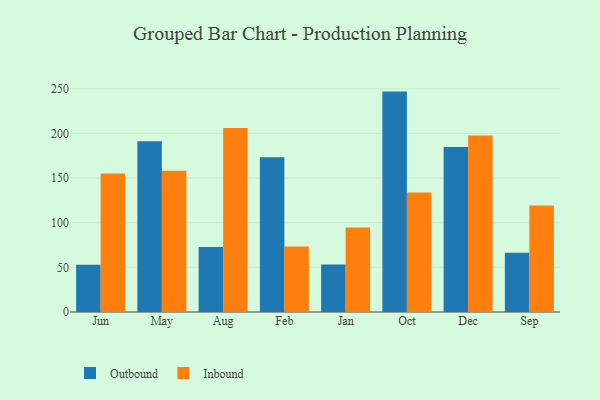
{"axis": {"x": "Month", "y": "Churn Rate (%)"}, "legend": ["Inbound", "Outbound"], "data": [{"x": "Jun", "y": 52.9, "type": "Outbound"}, {"x": "Jun", "y": 155.1, "type": "Inbound"}, {"x": "May", "y": 191.3, "type": "Outbound"}, {"x": "May", "y": 158.2, "type": "Inbound"}, {"x": "Aug", "y": 72.8, "type": "Outbound"}, {"x": "Aug", "y": 206.0, "type": "Inbound"}, {"x": "Feb", "y": 173.3, "type": "Outbound"}, {"x": "Feb", "y": 73.3, "type": "Inbound"}, {"x": "Jan", "y": 53.2, "type": "Outbound"}, {"x": "Jan", "y": 94.7, "type": "Inbound"}, {"x": "Oct", "y": 246.8, "type": "Outbound"}, {"x": "Oct", "y": 133.7, "type": "Inbound"}, {"x": "Dec", "y": 184.7, "type": "Outbound"}, {"x": "Dec", "y": 197.7, "type": "Inbound"}, {"x": "Sep", "y": 66.3, "type": "Outbound"}, {"x": "Sep", "y": 119.3, "type": "Inbound"}]}